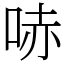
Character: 哧